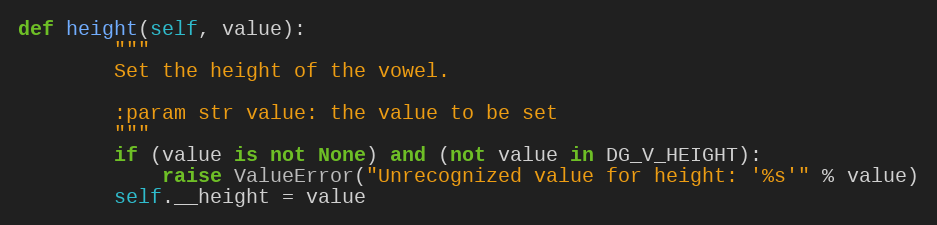
Language: Python
def height(self, value):
        """
        Set the height of the vowel.

        :param str value: the value to be set
        """
        if (value is not None) and (not value in DG_V_HEIGHT):
            raise ValueError("Unrecognized value for height: '%s'" % value)
        self.__height = value